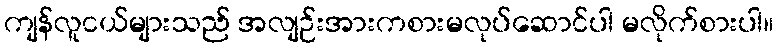
ကျန်လူငယ်များသည် အလျဉ်းအားကစားမလုပ်ဆောင်ပါ မလိုက်စားပါ။